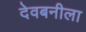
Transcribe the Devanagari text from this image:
देवबनीला